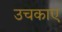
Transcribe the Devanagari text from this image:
उचकाए